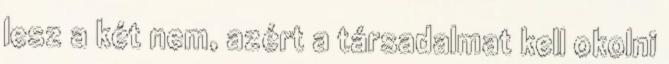
lesz a két nem, azért a társadalmat kell okolni